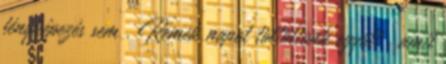
fényképezés sem . Remek napot töltöttünk együtt , amit